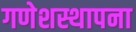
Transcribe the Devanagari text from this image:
गणेशस्थापना